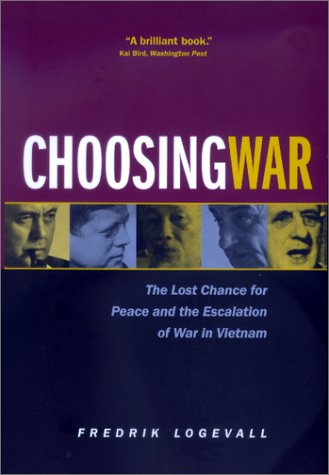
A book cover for Choosing War: The Lost Chance for Peace and the Escalation of War in Vietnam; Fredrik Logevall; History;